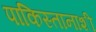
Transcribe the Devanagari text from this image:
पाकिस्तानाशी